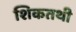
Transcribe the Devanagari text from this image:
शिकतथी